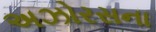
અઝોરસના